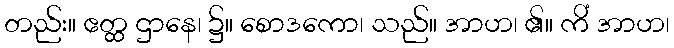
တည်း။ ဧတ္ထ ဌာနေ၊ ၌။ စောဒကော၊ သည်။ အာဟ၊ ၏။ ကိံ အာဟ၊